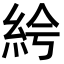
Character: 𥿐